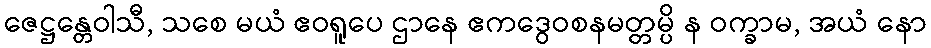
ဇေဋ္ဌန္တေဝါသီ, သစေ မယံ ဧဝရူပေ ဌာနေ ဧကဒွေဝစနမတ္တမ္ပိ န ဝက္ခာမ, အယံ နော